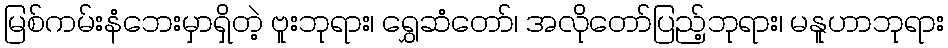
မြစ်ကမ်းနံဘေးမှာရှိတဲ့ ဗူးဘုရား၊ ရွှေဆံတော်၊ အလိုတော်ပြည့်ဘုရား၊ မနူဟာဘုရား